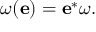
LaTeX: \omega ( { \mathbf { e } } ) = { \mathbf { e } } ^ { * } \omega .